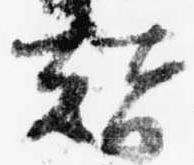
替